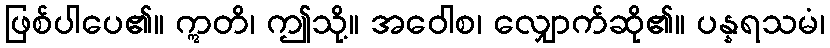
ဖြစ်ပါပေ၏။ ဣတိ၊ ဤသို့။ အဝေါစ၊ လျှောက်ဆို၏။ ပန္နရသမံ၊